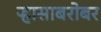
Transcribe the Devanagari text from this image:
ऱ्हासाबरोबर